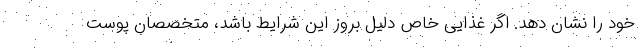
خود را نشان دهد. اگر غذایی خاص دلیل بروز این شرایط باشد، متخصصان پوست